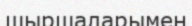
шыршаларымен